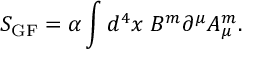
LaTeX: S _ { \mathrm { G F } } = \alpha \int d ^ { 4 } x \; B ^ { m } \partial ^ { \mu } A _ { \mu } ^ { m } .